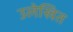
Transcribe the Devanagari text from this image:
उलेखित